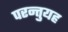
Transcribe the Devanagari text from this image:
परन्तुयह